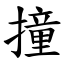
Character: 撞